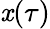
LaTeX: \mathit{x}(\tau)